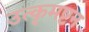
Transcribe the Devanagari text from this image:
उत्कृमष्टन